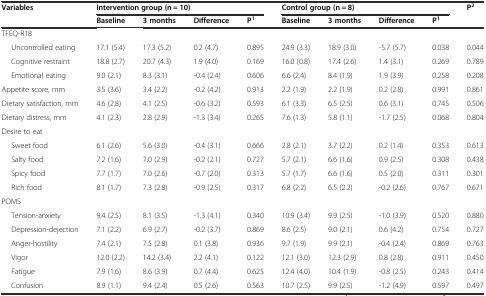
<table><thead><tr><td rowspan="2"><b>Variables</b></td><td colspan="4"><b>Intervention group (n = 10)</b></td><td colspan="4"><b>Control group (n = 8)</b></td><td><b>P<sup>2</sup></b></td></tr><tr><td><b>Baseline</b></td><td><b>3 months</b></td><td><b>Difference</b></td><td><b>P<sup>1</sup></b></td><td><b>Baseline</b></td><td><b>3 months</b></td><td><b>Difference</b></td><td><b>P<sup>1</sup></b></td><td></td></tr></thead><tbody><tr><td>TFEQ-R18</td><td></td><td></td><td></td><td></td><td></td><td></td><td></td><td></td><td></td></tr><tr><td>Uncontrolled eating</td><td>17.1 (5.4)</td><td>17.3 (5.2)</td><td>0.2 (4.7)</td><td>0.895</td><td>24.9 (3.3)</td><td>18.9 (3.0)</td><td>-5.7 (5.7)</td><td>0.038</td><td>0.044</td></tr><tr><td>Cognitive restraint</td><td>18.8 (2.7)</td><td>20.7 (4.3)</td><td>1.9 (4.0)</td><td>0.169</td><td>16.0 (0.8)</td><td>17.4 (2.6)</td><td>1.4 (3.1)</td><td>0.269</td><td>0.789</td></tr><tr><td>Emotional eating</td><td>9.0 (2.1)</td><td>8.3 (3.1)</td><td>-0.4 (2.4)</td><td>0.606</td><td>6.6 (2.4)</td><td>8.4 (1.9)</td><td>1.9 (3.9)</td><td>0.258</td><td>0.208</td></tr><tr><td>Appetite score, mm</td><td>3.5 (3.6)</td><td>3.4 (2.2)</td><td>-0.2 (4.2)</td><td>0.913</td><td>2.2 (1.9)</td><td>2.2 (1.9)</td><td>0.2 (2.8)</td><td>0.991</td><td>0.861</td></tr><tr><td>Dietary satisfaction, mm</td><td>4.6 (2.8)</td><td>4.1 (2.5)</td><td>-0.6 (3.2)</td><td>0.593</td><td>6.1 (3.3)</td><td>6.5 (2.5)</td><td>0.6 (3.1)</td><td>0.745</td><td>0.506</td></tr><tr><td>Dietary distress, mm</td><td>4.1 (2.3)</td><td>2.8 (2.9)</td><td>-1.3 (3.4)</td><td>0.265</td><td>7.6 (1.3)</td><td>5.8 (1.1)</td><td>-1.7 (2.5)</td><td>0.068</td><td>0.804</td></tr><tr><td>Desire to eat</td><td></td><td></td><td></td><td></td><td></td><td></td><td></td><td></td><td></td></tr><tr><td>Sweet food</td><td>6.1 (2.6)</td><td>5.6 (3.0)</td><td>-0.4 (3.1)</td><td>0.666</td><td>2.8 (2.1)</td><td>3.7 (2.2)</td><td>0.2 (1.4)</td><td>0.353</td><td>0.613</td></tr><tr><td>Salty food</td><td>7.2 (1.6)</td><td>7.0 (2.9)</td><td>-0.2 (2.1)</td><td>0.727</td><td>5.7 (2.1)</td><td>6.6 (1.6)</td><td>0.9 (2.5)</td><td>0.308</td><td>0.438</td></tr><tr><td>Spicy food</td><td>7.7 (1.7)</td><td>7.0 (2.6)</td><td>-0.7 (2.0)</td><td>0.313</td><td>5.7 (1.7)</td><td>6.6 (1.6)</td><td>0.5 (2.0)</td><td>0.311</td><td>0.301</td></tr><tr><td>Rich food</td><td>8.1 (1.7)</td><td>7.3 (2.8)</td><td>-0.9 (2.5)</td><td>0.317</td><td>6.8 (2.2)</td><td>6.5 (2.2)</td><td>-0.2 (2.6)</td><td>0.767</td><td>0.671</td></tr><tr><td>POMS</td><td></td><td></td><td></td><td></td><td></td><td></td><td></td><td></td><td></td></tr><tr><td>Tension-anxiety</td><td>9.4 (2.5)</td><td>8.1 (3.5)</td><td>-1.3 (4.1)</td><td>0.340</td><td>10.9 (3.4)</td><td>9.9 (2.5)</td><td>-1.0 (3.9)</td><td>0.520</td><td>0.880</td></tr><tr><td>Depression-dejection</td><td>7.1 (2.2)</td><td>6.9 (2.7)</td><td>-0.2 (3.7)</td><td>0.869</td><td>8.6 (2.5)</td><td>9.0 (2.1)</td><td>0.6 (4.2)</td><td>0.754</td><td>0.727</td></tr><tr><td>Anger-hostility</td><td>7.4 (2.1)</td><td>7.5 (2.8)</td><td>0.1 (3.8)</td><td>0.936</td><td>9.7 (1.9)</td><td>9.9 (2.1)</td><td>-0.4 (2.4)</td><td>0.869</td><td>0.763</td></tr><tr><td>Vigor</td><td>12.0 (2.2)</td><td>14.2 (3.4)</td><td>2.2 (4.1)</td><td>0.122</td><td>12.1 (3.0)</td><td>12.3 (2.9)</td><td>0.8 (2.8)</td><td>0.911</td><td>0.450</td></tr><tr><td>Fatigue</td><td>7.9 (1.6)</td><td>8.6 (3.9)</td><td>0.7 (4.4)</td><td>0.625</td><td>12.4 (4.0)</td><td>10.4 (1.9)</td><td>-0.8 (2.5)</td><td>0.243</td><td>0.414</td></tr><tr><td>Confusion</td><td>8.9 (1.1)</td><td>9.4 (2.4)</td><td>0.5 (2.6)</td><td>0.563</td><td>10.7 (2.5)</td><td>9.9 (2.5)</td><td>-1.2 (4.9)</td><td>0.597</td><td>0.497</td></tr></tbody></table>